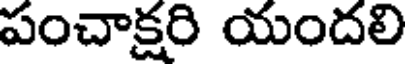
పంచాక్షరి యందలి